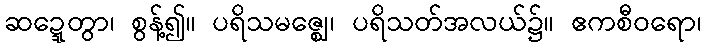
ဆဍ္ဍေတွာ၊ စွန့်၍။ ပရိသမဇ္ဈေ၊ ပရိသတ်အလယ်၌။ ဧကစီဝရော၊